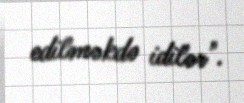
edilməkdə idilər".